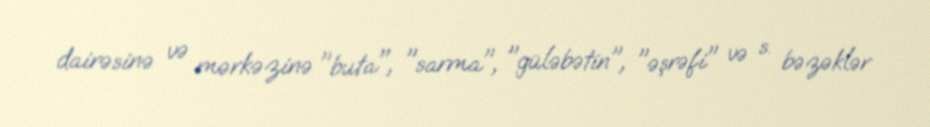
dairəsinə və mərkəzinə "buta", "sarma", "güləbətin", "əşrəfi" və s. bəzəklər